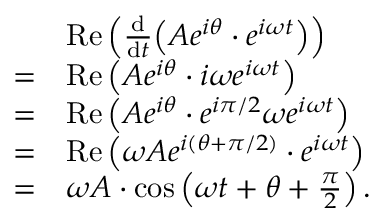
{ \begin{array} { r l } & { \operatorname { R e } \left( { \frac { \mathrm { d } } { \mathrm { d } t } } { \mathord { \left( A e ^ { i \theta } \cdot e ^ { i \omega t } \right) } } \right) } \\ { = } & { \operatorname { R e } \left( A e ^ { i \theta } \cdot i \omega e ^ { i \omega t } \right) } \\ { = } & { \operatorname { R e } \left( A e ^ { i \theta } \cdot e ^ { i \pi / 2 } \omega e ^ { i \omega t } \right) } \\ { = } & { \operatorname { R e } \left( \omega A e ^ { i ( \theta + \pi / 2 ) } \cdot e ^ { i \omega t } \right) } \\ { = } & { \omega A \cdot \cos \left( \omega t + \theta + { \frac { \pi } { 2 } } \right) . } \end{array} }